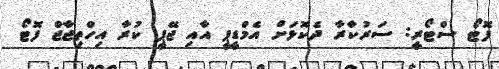
ފޮޓޯ ސްޓޯރީ: ސަރުކާރާ ދެކޮޅަށް އެމްޑީޕީ އާއި ޖޭޕީ ކުރާ އިހްތިޖާޖް ފޮޓޯ